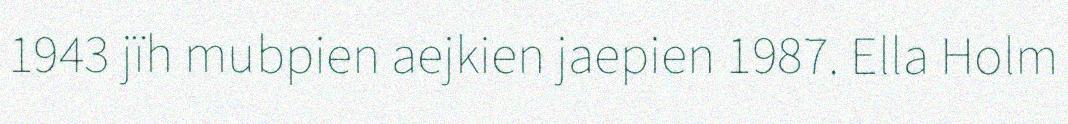
1943 jïh mubpien aejkien jaepien 1987. Ella Holm